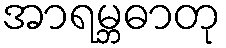
အာရမ္ဘဓာတု